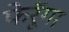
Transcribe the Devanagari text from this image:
फेरूॅगा